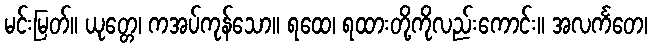
မင်းမြတ်။ ယုတ္တေ၊ ကအပ်ကုန်သော။ ရထေ၊ ရထားတို့ကိုလည်းကောင်း။ အလင်္ကတေ၊